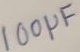
Text: 100µF